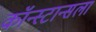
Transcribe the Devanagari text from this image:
कॉन्स्टान्सला